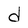
Character: d